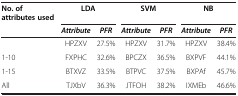
| No. of attributes used | <COLSPAN=2> LDA | <COLSPAN=2> SVM | <COLSPAN=2> NB |
 |  | Attribute | PFR | Attribute | PFR | Attribute | PFR |
 | --- | --- | --- | --- | --- | --- | --- |
 |  | HPZXV | 27.5% | HPZXV | 31.7% | HPZXV | 38.4% |
 | 1-10 | FXPHC | 32.6% | BPCZX | 36.5% | BXPVF | 44.1% |
 | 1-15 | BTXVZ | 33.5% | BTPVC | 37.5% | BXPAf | 45.7% |
 | All | TJXbV | 36.3% | JTFOH | 38.2% | IXMEb | 46.6% |